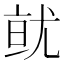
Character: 𭕐